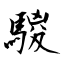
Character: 騣